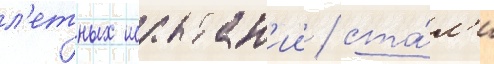
л'етных испытан'ии / ста́л'и